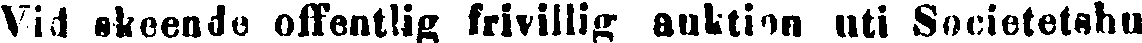
Vid skeende offentlig frivillig auktion uti Societetshu